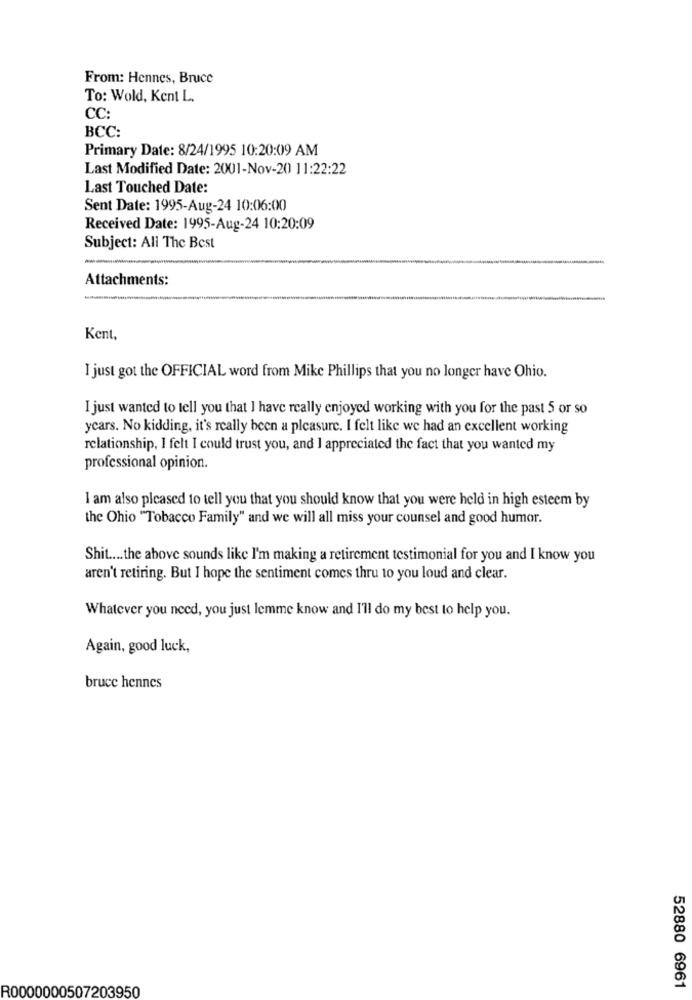
From: Hennes, Bruce
To: Wold, Kent L.
CC:
BCC:
Primary Date: 8/24/1995 10:20:09 AM
Last Modified Date: 2001-Nov-20 11:22:22
Last Touched Date:
Sent Date: 1995-Aug-24 10:06:00
Received Date: 1995-Aug-24 10:20:09
Subject: All The Best
Attachments:
Kent,
I just got the OFFICIAL word from Mike Phillips that you no longer have Ohio.
I just wanted to tell you that I have really enjoyed working with you for the past 5 or so
ycars. No kidding, it's really been a pleasure. I felt like we had an excellent working
relationship, I felt I could trust you, and I appreciated the fact that you wanted my
professional opinion.
I am also pleased to tell you that you should know that you were held in high esteem by
the Ohio "Tobacco Family" and we will all miss your counsel and good humor.
Shit .... the above sounds like I'm making a retirement testimonial for you and I know you
aren't retiring. But I hope the sentiment comes thru to you loud and clear.
Whatever you need, you just lemme know and I'll do my best to help you.
Again, good luck,
bruce hennes
R0000000507203950
52880 6961